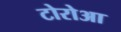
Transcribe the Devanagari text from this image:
टोरोआ